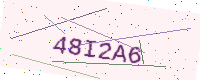
Text: 48I2A6